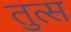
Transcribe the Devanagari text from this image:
तुत्स